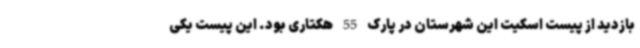
بازدید از پیست اسکیت این شهرستان در پارک 55 هکتاری بود. این پیست یکی